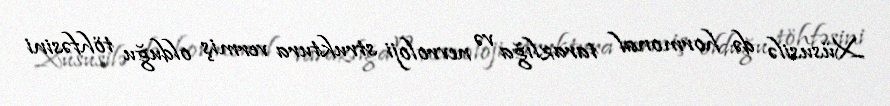
Xüsusilə də hormonal tarazlığa və nevroloji struktura vermiş olduğu töhfəsini